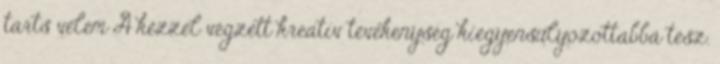
tarts velem A kézzel végzett kreatív tevékenység kiegyensúlyozottabbá tesz.